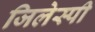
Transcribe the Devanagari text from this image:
जिलेस्पी